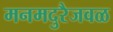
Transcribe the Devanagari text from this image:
मनमदुरैजवळ